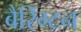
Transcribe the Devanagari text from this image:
बैरिंग्टन